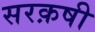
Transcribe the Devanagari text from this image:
सरक़षी